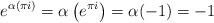
LaTeX: \begin{align*}e^{\alpha \left( \pi i \right) } = \alpha \left( e^{\pi i} \right) = \alpha(-1) = -1 \end{align*}